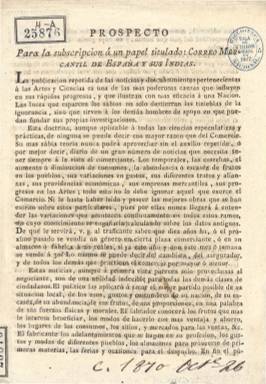
Título: El Correo mercantil de España y sus Indias
Colección: Periódicos anteriores a 1850
Ámbito geográfico: Madrid
Lugar de publicación: Madrid
Fechas: 01/01/1792-30/06/1808

Uno de los principales ejemplos que impulsan el nacimiento y desarrollo de la prensa económica en España, en palabras de Luis Miguel Enciso Recio, que ha biografiado este periódico, y según Pedro López Aparicio, junto al Correo de Madrid (o de los ciegos), sobrepasa el interés e importancia a la mayor parte del resto de la prensa española de finales del siglo XVIII, al potenciar la elaboración y difusión de noticias amplias y artículos destinados a los agentes productivos de la sociedad. Dedicó especial atención a los asuntos de la América española, por lo que adquirió un gran prestigio en estos países, siendo ejemplo para su incipiente periodismo.

Nace como empeño e iniciativa personal de Diego María Gallard, abogado que era de los Reales Consejos entre otros puestos que tuvo, al que le acompaña Eugenio Larruga. Más tarde pasó durante un tiempo a manos de la Oficina de la Balanza del Comercio, aumentando así la protección y tutela oficial. Con frecuencia bisemanal, aparecía los lunes y jueves, en números de ocho páginas, incluyendo índices semestrales, y compuesto a una columna.

Contiene noticias, artículos y memorias sobre comercio, agricultura (precios de los granos, etc.), artes útiles, adelantos e invenciones, datos estadísticos, economía pública, meteorología, entradas y salidas de buques y sus cargamentos de los diferentes puertos marítimos, órdenes gubernamentales, cambios monetarios, bibliografía, anuncios de varias clases, etc. Sus informaciones están datadas tanto en las principales ciudades españolas como extranjeras, de Europa y América.

Desde su aparición, el uno de octubre de 1792, estuvo publicándose hasta prácticamente pocas semanas después de la invasión de los ejércitos napoleónicos en España, hasta el 30 de junio de 1808.